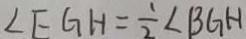
\angle E G H = \frac { 1 } { 2 } \angle B G H